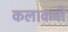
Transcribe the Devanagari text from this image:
कलाकवी